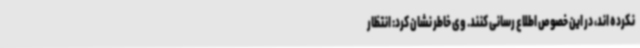
نکرده اند، در این خصوص اطلاع رسانی کنند. وی خاطر نشان کرد: انتظار